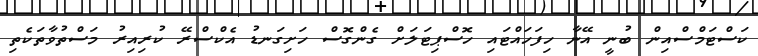
ކަސްޓަމްސްއިން ބުނީ އޭނާ ހިފަހައްޓައި ހޮސްޕިޓަލަށް ގެންގޮސް ހަށިގަނޑު އެކްސްރޭ ކުރިއިރު މަސްތުވާތަކެތި